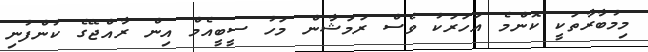
މިމުބާރާތަކީ ކޮންމެ އަހަރަކު ވެސް ރަމަޝާން މަހު ސީބީއެމް އިން ރާއްޖޭގެ ކުންފުނި